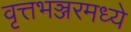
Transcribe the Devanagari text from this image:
वृत्तभञ्जरमध्ये